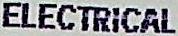
ELECTRICAL